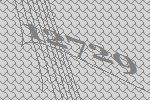
12729